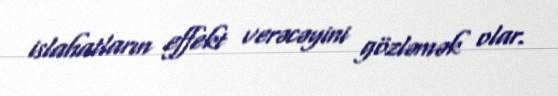
islahatların effekt verəcəyini gözləmək olar.